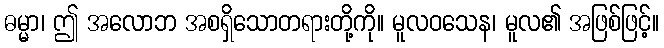
ဓမ္မာ၊ ဤ အလောဘ အစရှိသောတရားတို့ကို။ မူလဝသေန၊ မူလ၏ အဖြစ်ဖြင့်။